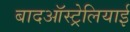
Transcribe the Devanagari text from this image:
बादऑस्ट्रेलियाई